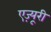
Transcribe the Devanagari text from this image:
एज़्यूरी